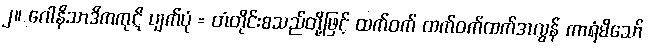
၂။ ဂေါနိသာဒိကကုဋိ ပျက်ပုံ = တံတိုင်းစသည်တို့ဖြင့် ထက်ဝက် ထက်ဝက်ထက်အလွန် ကာရံမိသော်